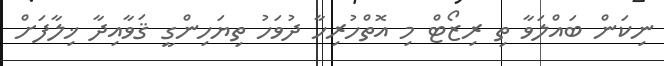
ނިކަން ބައްލަވާ ތި ރިޒޯޓް މި އޮތްހުރިހާ ދުވަހު ތިޔަހިންގީ ޤަވާއިދާ ޚިލާފަށް